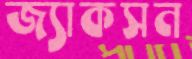
জ্যাকসন